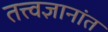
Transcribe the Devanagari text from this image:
तत्त्वज्ञानांत